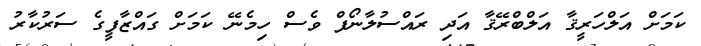
ކަމަށް އަލްހަރީޤާ އަލްބްރޭޤާ އަދި ރައްސުލާނޯފް ވެސް ހިމެނޭ ކަމަށް ގައްޒާފީގެ ސަރުކާރު